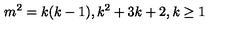
m ^ { 2 } = k ( k - 1 ) , k ^ { 2 } + 3 k + 2 , k \geq 1